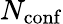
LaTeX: N_{\mathrm{conf}}